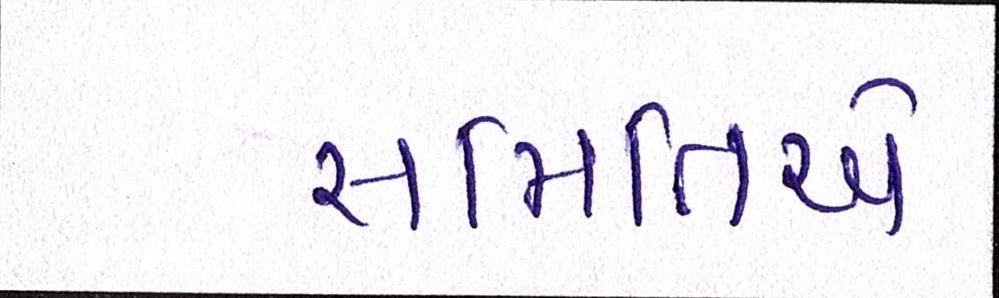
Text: સમિતિએ